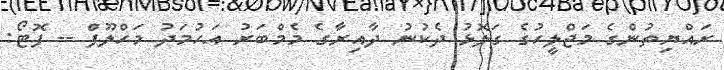
ރައްޔިތުންގެ މަޖްލީހުގެ ގަލޮޅު ދެކުނު ދާއިރާގެ މެމްބަރު އަހުމަދު މަހްލޫފް -- ފޮޓޯ: